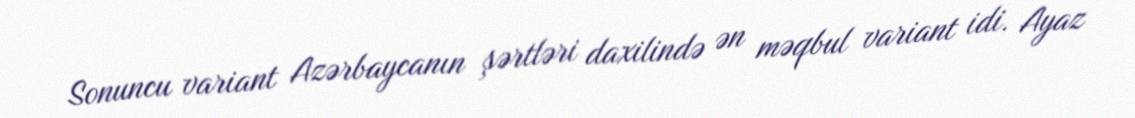
Sonuncu variant Azərbaycanın şərtləri daxilində ən məqbul variant idi. Ayaz